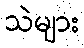
သဲများ